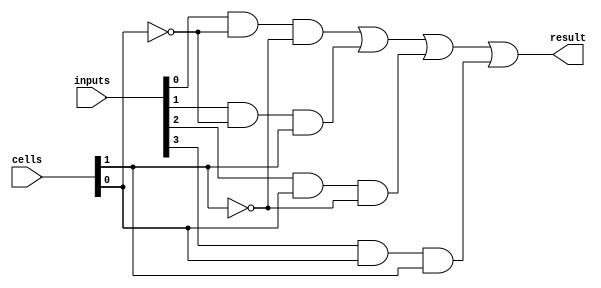
`timescale 1ns / 1ps
//////////////////////////////////////////////////////////////////////////////////
// Company: 
// Engineer: 
// 
// Design Name: 
// Module Name:    multiplexer_4x1 
// Project Name: 
// Target Devices: 
// Tool versions: 
// Description: 
//
// Dependencies: 
//
// Revision: 
// Revision 0.01 - File Created
// Additional Comments: 
//
//////////////////////////////////////////////////////////////////////////////////
module multiplexer_4x1(
		input [3:0] inputs,
		input [1:0] cells,
		output result
    );
	 
	 // Wires
	 wire [1:0] cells_not;
	 wire [3:0] wires;
	 
	 // Nots
	 not
		n0 (cells_not[0], cells[0]),
		n1 (cells_not[1], cells[1]);
		
	and
		n2 (wires[0], inputs[0], cells_not[0], cells_not[1]),
		n3 (wires[1], inputs[1], cells_not[0], cells[1]),
		n4 (wires[2], inputs[2], cells[0], cells_not[1]),
		n5 (wires[3], inputs[3], cells[0], cells[1]);
	
	// Result
	or n6 (result, wires[0], wires[1], wires[2], wires[3]);

endmodule